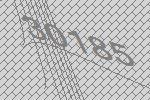
30185